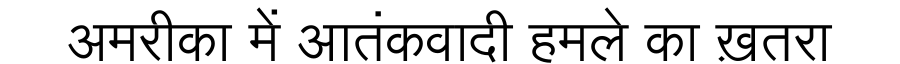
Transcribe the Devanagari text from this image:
अमरीका में आतंकवादी हमले का ख़तरा